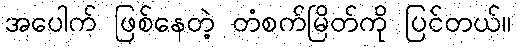
အပေါက် ဖြစ်နေတဲ့ တံစက်မြိတ်ကို ပြင်တယ်။